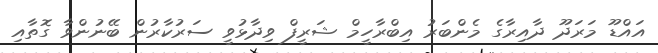
އައްޑޫ މަރަދޫ ދާއިރާގެ މެންބަރު އިބްރާހީމް ޝަރީފް ވިދާޅުވީ ސަރުކާރުން ބޭނުންވާ ގޮތާއި